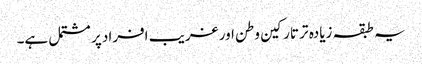
یہ طبقہ زیادہ تر تارکین وطن اور غریب افراد پر مشتمل ہے۔